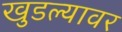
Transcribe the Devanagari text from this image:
खुडल्यावर